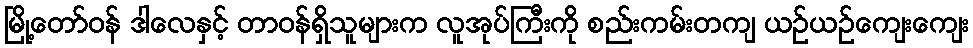
မြို့တော်ဝန် ဒါလေနှင့် တာဝန်ရှိသူများက လူအုပ်ကြီးကို စည်းကမ်းတကျ ယဉ်ယဉ်ကျေးကျေး